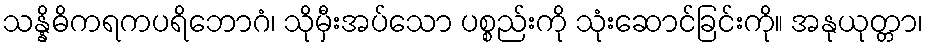
သန္နိဓိကရကပရိဘောဂံ၊ သိုမှီးအပ်သော ပစ္စည်းကို သုံးဆောင်ခြင်းကို။ အနုယုတ္တာ၊